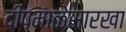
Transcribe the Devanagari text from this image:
दीपमाळेसारखा